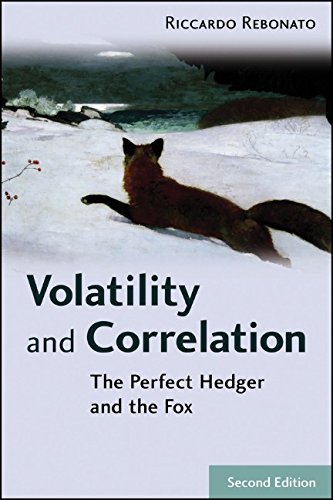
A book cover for Volatility and Correlation: The Perfect Hedger and the Fox; Riccardo Rebonato; Business & Money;